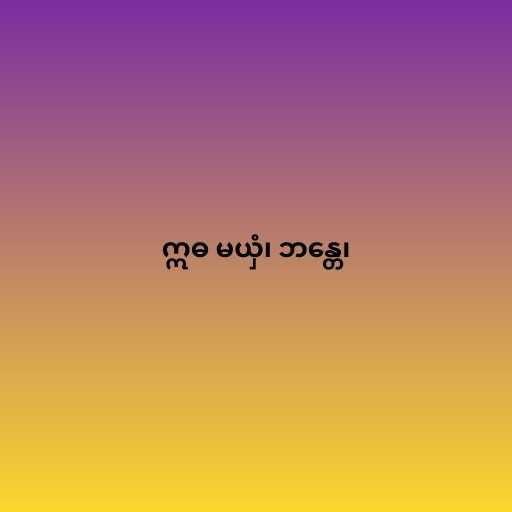
ဣဓ မယှံ၊ ဘန္တေ၊